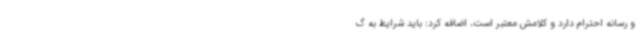
و رسانه احترام دارد و کلامش معتبر است، اضافه کرد: باید شرایط به گ